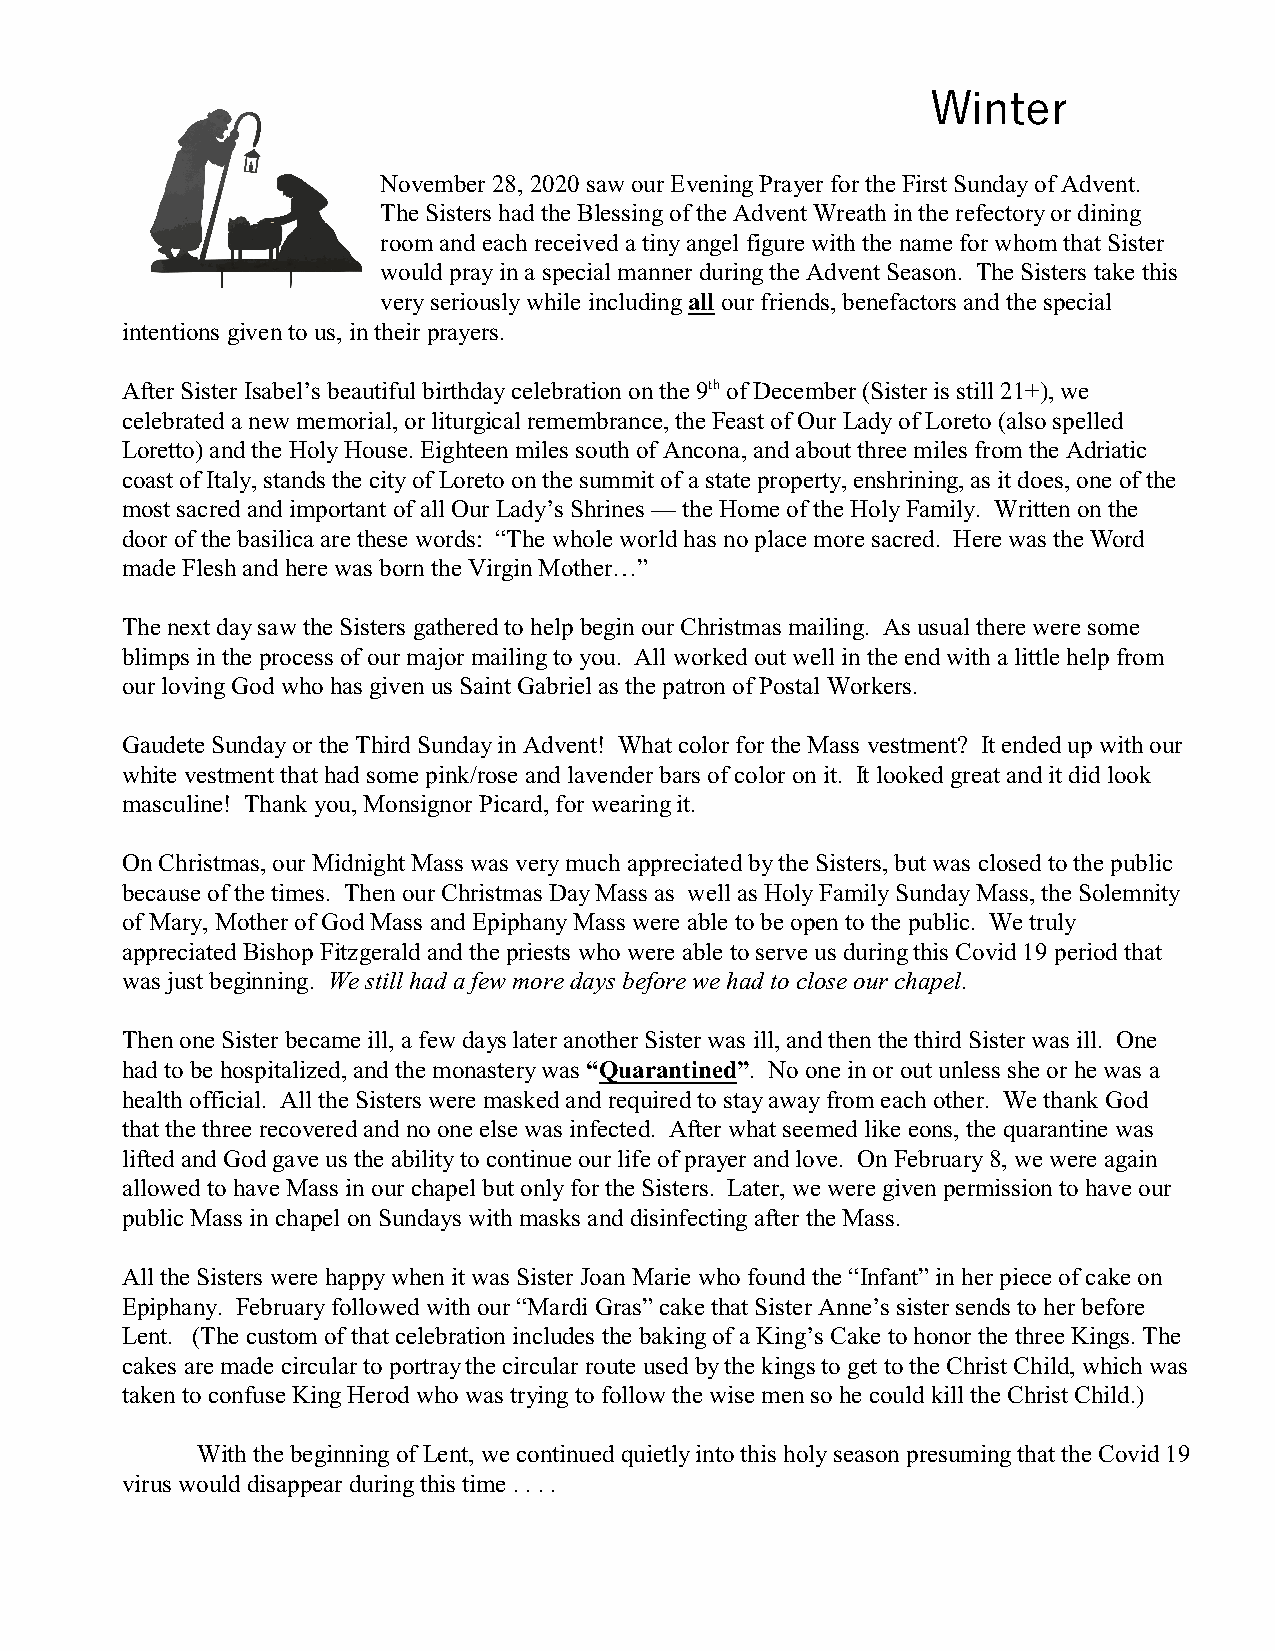
Winter
 November 28, 2020 saw our Evening Prayer for the First Sunday of Advent.
 The Sisters had the Blessing of the Advent Wreath in the refectory or dining
 room and each received a tiny angel figure with the name for whom that Sister
 would pray in a special manner during the Advent Season. The Sisters take this
 very seriously while including all our friends, benefactors and the special
 intentions given to us, in their prayers.
 After Sister Isabel’s beautiful birthday celebration on the 9th of December (Sister is still 21+), we
 celebrated a new memorial, or liturgical remembrance, the Feast of Our Lady of Loreto (also spelled
 Loretto) and the Holy House. Eighteen miles south of Ancona, and about three miles from the Adriatic
 coast of Italy, stands the city of Loreto on the summit of a state property, enshrining, as it does, one of the
 most sacred and important of all Our Lady’s Shrines — the Home of the Holy Family. Written on the
 door of the basilica are these words: “The whole world has no place more sacred. Here was the Word
 made Flesh and here was born the Virgin Mother…”
 The next day saw the Sisters gathered to help begin our Christmas mailing. As usual there were some
 blimps in the process of our major mailing to you. All worked out well in the end with a little help from
 our loving God who has given us Saint Gabriel as the patron of Postal Workers.
 Gaudete Sunday or the Third Sunday in Advent! What color for the Mass vestment? It ended up with our
 white vestment that had some pink/rose and lavender bars of color on it. It looked great and it did look
 masculine! Thank you, Monsignor Picard, for wearing it.
 On Christmas, our Midnight Mass was very much appreciated by the Sisters, but was closed to the public
 because of the times. Then our Christmas Day Mass as well as Holy Family Sunday Mass, the Solemnity
 of Mary, Mother of God Mass and Epiphany Mass were able to be open to the public. We truly
 appreciated Bishop Fitzgerald and the priests who were able to serve us during this Covid 19 period that
 was just beginning. We still had a few more days before we had to close our chapel.
 Then one Sister became ill, a few days later another Sister was ill, and then the third Sister was ill. One
 had to be hospitalized, and the monastery was “Quarantined”. No one in or out unless she or he was a
 health official. All the Sisters were masked and required to stay away from each other. We thank God
 that the three recovered and no one else was infected. After what seemed like eons, the quarantine was
 lifted and God gave us the ability to continue our life of prayer and love. On February 8, we were again
 allowed to have Mass in our chapel but only for the Sisters. Later, we were given permission to have our
 public Mass in chapel on Sundays with masks and disinfecting after the Mass.
 All the Sisters were happy when it was Sister Joan Marie who found the “Infant” in her piece of cake on
 Epiphany. February followed with our “Mardi Gras” cake that Sister Anne’s sister sends to her before
 Lent. (The custom of that celebration includes the baking of a King’s Cake to honor the three Kings. The
 cakes are made circular to portray the circular route used by the kings to get to the Christ Child, which was
 taken to confuse King Herod who was trying to follow the wise men so he could kill the Christ Child.)
 With the beginning of Lent, we continued quietly into this holy season presuming that the Covid 19
 virus would disappear during this time . . . .